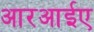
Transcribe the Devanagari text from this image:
आरआईए